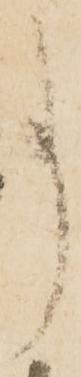
事